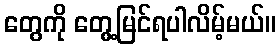
တွေကို တွေ့မြင်ရပါလိမ့်မယ်။